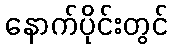
နောက်ပိုင်းတွင်